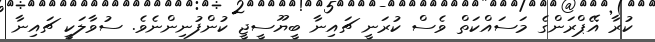
ކުރާ އޭޕްރަންގެ މަސައްކަތް ވެސް ކުރަނީ ޗައިނާ ބީޔޫސީޖީ ކުންފުނިންނެވެ. ސުވާލަކީ ޗައިނާ